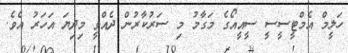
ހަލީމް އެމްޓީސީސީ ސީއީއޯގެ މަގާމު މި ސަރުކާރުން ދެއްވީ މިދިޔަ އަހަރު އެވެ.